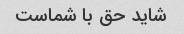
شاید حق با شماست